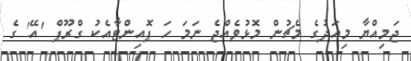
ޖަމިއްޔާ މިއަދުގެ މެޗުން މޮޅުވެއްޖެ ނަމަ ހަ ޕޮއިންޓާއެކު ގްރޫޕް 'އޭ' ގެ